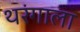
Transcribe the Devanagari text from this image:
थरंगाला